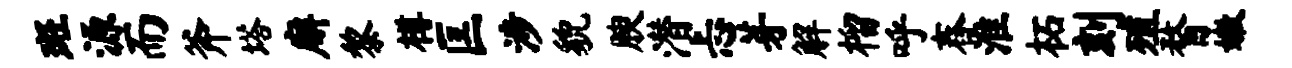
斑源而斧塔廨黎樽匡涉貌腴潜忐芽解榴呼舂淮柘刻殖瞀嫩